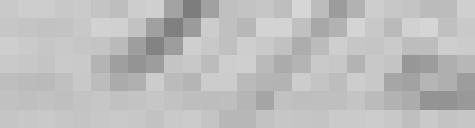
175